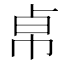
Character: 𢂦